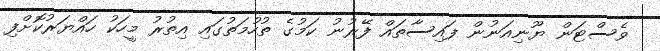
ވެސްޓަން ޔޫނިއަނުން ފައިސާތައް ފޭރުނު ކަމުގެ ތުހުމަތުގައި އިތުރު މީހަކު ހައްޔަރުކޮށްފި